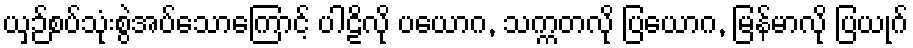
ယှဉ်စပ်သုံးစွဲအပ်သောကြောင့် ပါဠိလို ပယောဂ, သက္ကတလို ပြယောဂ, မြန်မာလို ပြယုဂ်